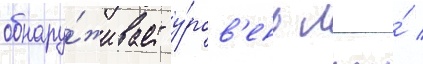
обнару́живает у́ров'ень лжи́ /